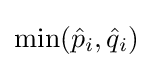
\operatorname {min} ({\hat {p}}_{i},{\hat {q}}_{i})